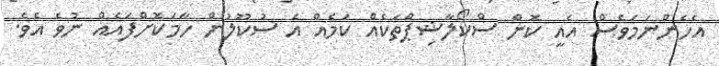
އެހެންނަމަވެސް އެއީ ކޮން ސްކޯލާޝިޕްތަކެއް ކަމެއް އެ ސުކޫލުން ހާމަކޮށްފައެއް ނުވެ އެވެ.